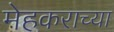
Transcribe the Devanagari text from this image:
मेहकराच्या